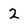
Character: 2